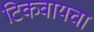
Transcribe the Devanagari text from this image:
टिकवायचा